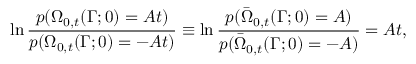
\ln \frac { p ( \Omega _ { 0 , t } ( \Gamma ; 0 ) = A t ) } { p ( \Omega _ { 0 , t } ( \Gamma ; 0 ) = - A t ) } \equiv \ln \frac { p ( \bar { \Omega } _ { 0 , t } ( \Gamma ; 0 ) = A ) } { p ( \bar { \Omega } _ { 0 , t } ( \Gamma ; 0 ) = - A ) } = A t ,